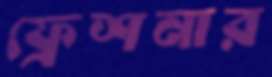
ফ্রেশনার